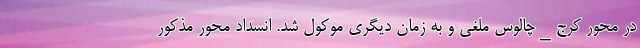
در محور کرج_چالوس ملغی و به زمان دیگری موکول شد. انسداد محور مذکور